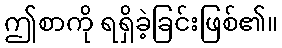
ဤစာကို ရရှိခဲ့ခြင်းဖြစ်၏။